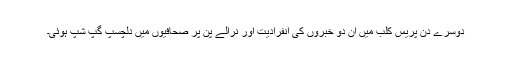
دوسرے دن پریس کلب میں ان دو خبروں کی انفرادیت اور نرالے پن پر صحافیوں میں دلچسپ گپ شپ ہوئی۔